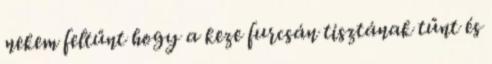
nekem feltűnt hogy a keze furcsán tisztának tűnt és